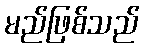
မည်ဖြစ်သည်